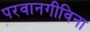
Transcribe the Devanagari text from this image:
परवानगीविना